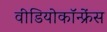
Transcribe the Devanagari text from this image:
वीडियोकॉन्फ्रेंस